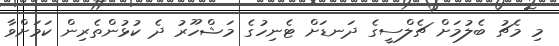
މި މެޗު ބެލުމަށް ޗެލްސީގެ ދަނޑަށް ޓެނިހުގެ މަޝްހޫރު ދެ ކުޅުންތެރިން ކަމަށްވާ